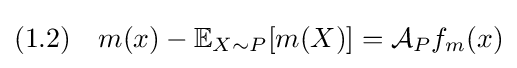
(1.2)\quad m(x)-\mathbb {E} _{X\sim P}[m(X)]={\mathcal {A}}_{P}f_{m}(x)